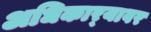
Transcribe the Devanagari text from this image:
अधिकार्‍यावर